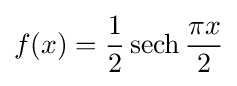
f(x)={\frac {1}{2}}\operatorname {sech} {\frac {\pi x}{2}}